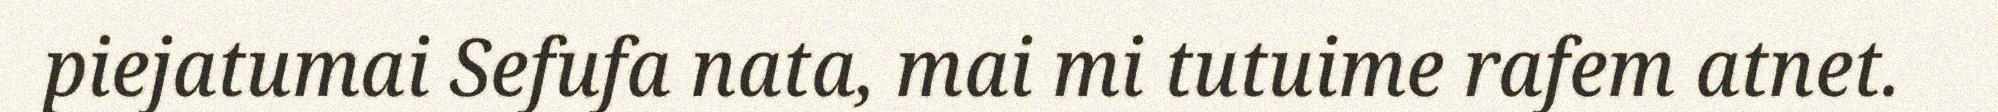
piejatumai Sefufa nata, mai mi tutuime rafem atnet.